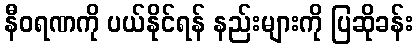
နီဝရဏကို ပယ်နိုင်ရန် နည်းများကို ပြဆိုခန်း